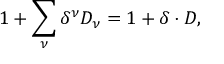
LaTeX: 1 + \sum _ { \nu } \delta ^ { \nu } D _ { \nu } = 1 + \delta \cdot D ,